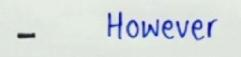
-       However